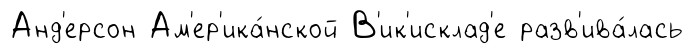
Анд'ерсон Ам'ер'ика́нской В'ик'исклад'е разв'ива́лась